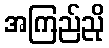
အကြည်ညို